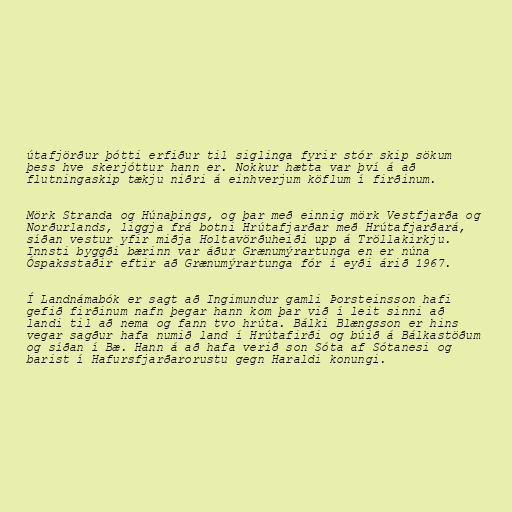
útafjörður þótti erfiður til siglinga fyrir stór skip sökum
þess hve skerjóttur hann er. Nokkur hætta var því á að
flutningaskip tækju niðri á einhverjum köflum í firðinum.

Mörk Stranda og Húnaþings, og þar með einnig mörk Vestfjarða og
Norðurlands, liggja frá botni Hrútafjarðar með Hrútafjarðará,
síðan vestur yfir miðja Holtavörðuheiði upp á Tröllakirkju.
Innsti byggði bærinn var áður Grænumýrartunga en er núna
Óspaksstaðir eftir að Grænumýrartunga fór í eyði árið 1967.

Í Landnámabók er sagt að Ingimundur gamli Þorsteinsson hafi
gefið firðinum nafn þegar hann kom þar við í leit sinni að
landi til að nema og fann tvo hrúta. Bálki Blængsson er hins
vegar sagður hafa numið land í Hrútafirði og búið á Bálkastöðum
og síðan í Bæ. Hann á að hafa verið son Sóta af Sótanesi og
barist í Hafursfjarðarorustu gegn Haraldi konungi.